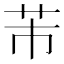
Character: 芾